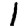
Digit: 1